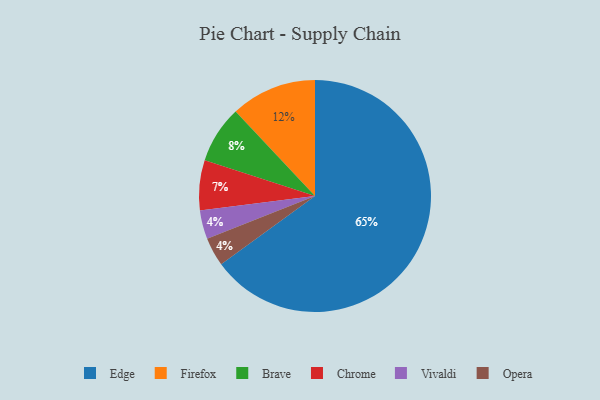
{"axis": {"x": "Category", "y": "Percentage"}, "legend": ["Brave", "Chrome", "Edge", "Firefox", "Opera", "Vivaldi"], "data": [{"x": "Vivaldi", "y": 4, "type": "Vivaldi"}, {"x": "Firefox", "y": 12, "type": "Firefox"}, {"x": "Chrome", "y": 7, "type": "Chrome"}, {"x": "Opera", "y": 4, "type": "Opera"}, {"x": "Edge", "y": 65, "type": "Edge"}, {"x": "Brave", "y": 8, "type": "Brave"}]}